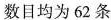
数目均为 62 条